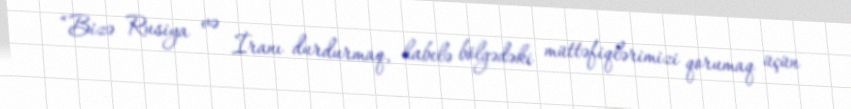
“Bizə Rusiya və İranı durdurmaq, habelə bölgədəki müttəfiqlərimizi qorumaq üçün